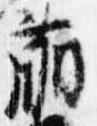
萌